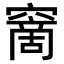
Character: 𥧮